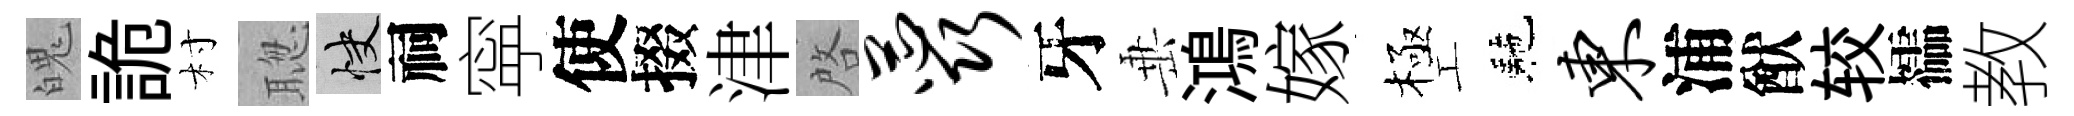
魄詭村聦快祠寜使掇津啓蕊牙𡸁鴻嫁極工駰东浦猷较櫺教